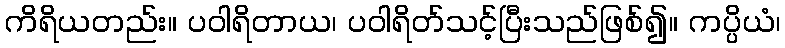
ကိရိယတည်း။ ပဝါရိတာယ၊ ပဝါရိတ်သင့်ပြီးသည်ဖြစ်၍။ ကပ္ပိယံ၊